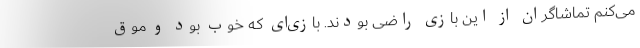
می‌کنم تماشاگران از این بازی راضی بودند. بازی‌ای که خوب بود و موق